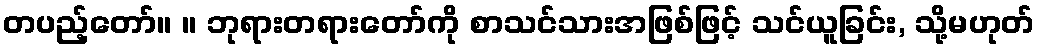
တပည့်တော်။ ။ ဘုရားတရားတော်ကို စာသင်သားအဖြစ်ဖြင့် သင်ယူခြင်း, သို့မဟုတ်